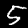
Label: 5